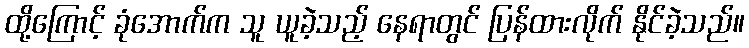
ထို့ကြောင့် ခုံအောက်က သူ ယူခဲ့သည့် နေရာတွင် ပြန်ထားလိုက် နိုင်ခဲ့သည်။